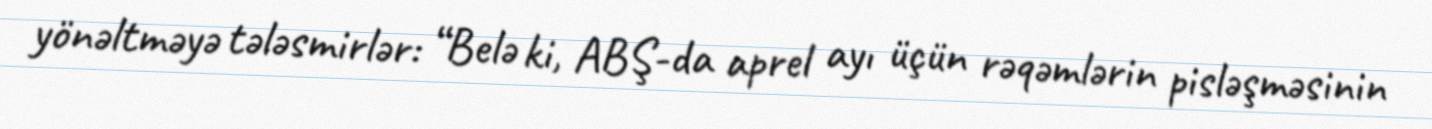
yönəltməyə tələsmirlər: “Belə ki, ABŞ-da aprel ayı üçün rəqəmlərin pisləşməsinin